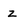
Character: z